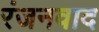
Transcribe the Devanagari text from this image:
रंजनवाद